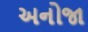
અનોજા